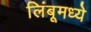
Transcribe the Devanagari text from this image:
लिंबूमध्ये